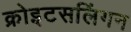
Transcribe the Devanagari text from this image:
क्रोइटसलिंगन